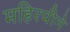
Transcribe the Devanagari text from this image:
महिरपीने